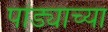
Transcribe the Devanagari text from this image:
पांड्याच्या